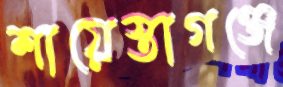
শায়েস্তাগঞ্জে